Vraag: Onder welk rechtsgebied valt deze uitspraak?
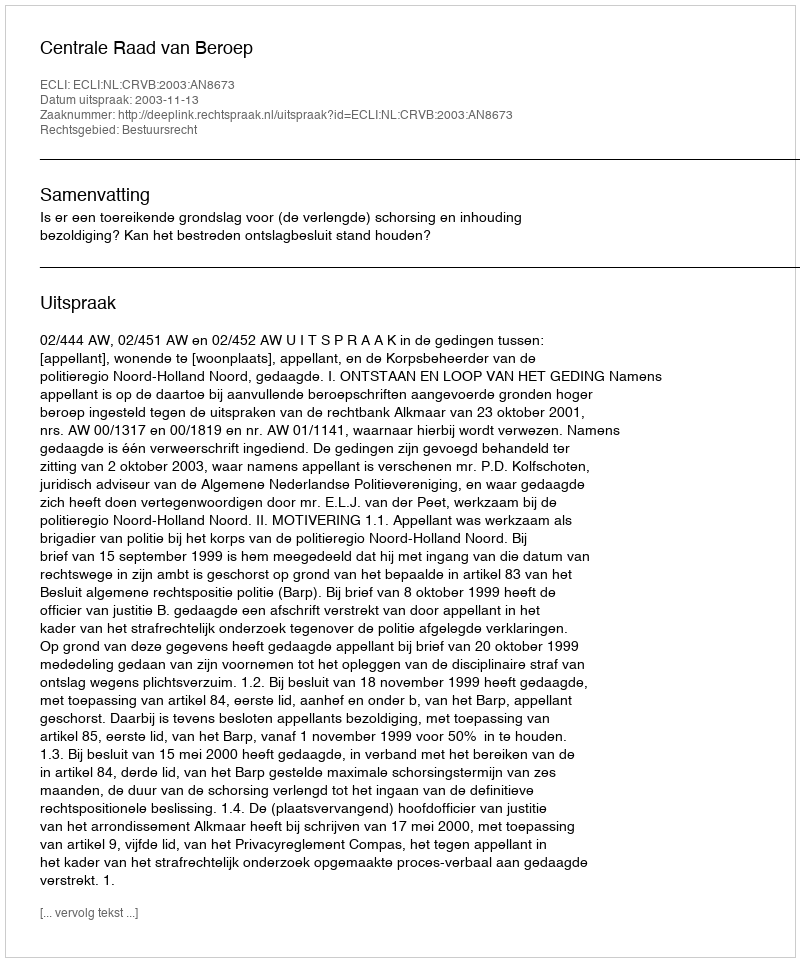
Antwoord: Bestuursrecht